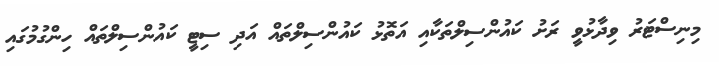
މިނިސްޓަރު ވިދާޅުވީ ރަށު ކައުންސިލްތަކާއި އަތޮޅު ކައުންސިލްތައް އަދި ސިޓީ ކައުންސިލްތައް ހިންގުމުގައި